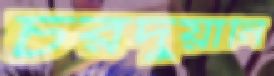
চরদুয়ানি